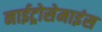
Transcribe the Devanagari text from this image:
नाईट्रोसेमाइंस